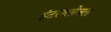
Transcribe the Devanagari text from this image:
इंटरग्लोबल